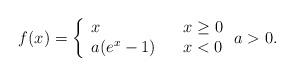
LaTeX: \begin{align*}f(x) =\left\{\begin{array}{lll} x & & x \geq 0 \\ a(e^{x} - 1) & & x < 0\end{array}\right. a > 0 .\end{align*}